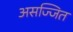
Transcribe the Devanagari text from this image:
असज्जित